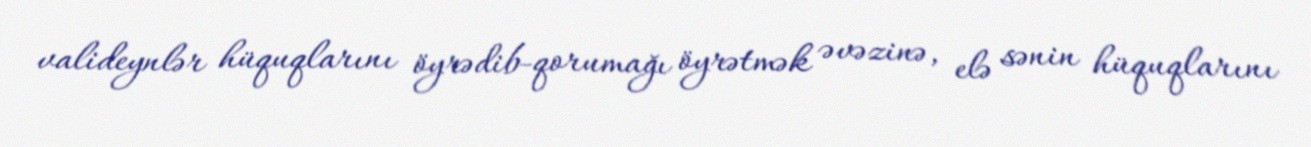
valideynlər hüquqlarını öyrədib-qorumağı öyrətmək əvəzinə, elə sənin hüquqlarını